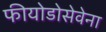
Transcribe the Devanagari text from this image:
फीयोडोसेवेना